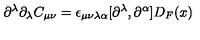
\partial ^ { \lambda } \partial _ { \lambda } C _ { \mu \nu } = \epsilon _ { \mu \nu \lambda \alpha } [ \partial ^ { \lambda } , \partial ^ { \alpha } ] D _ { F } ( x )